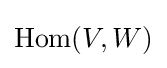
{\text{Hom}}(V,W)